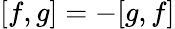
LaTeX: [f,g]=-[g,f]